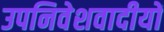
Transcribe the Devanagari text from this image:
उपनिवेशवादीयों